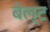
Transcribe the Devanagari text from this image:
बेल्‍ट